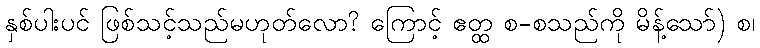
နှစ်ပါးပင် ဖြစ်သင့်သည်မဟုတ်လော? ကြောင့် ဧတ္ထ စ-စသည်ကို မိန့်သော်) စ၊